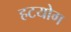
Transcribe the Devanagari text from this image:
हटयोग